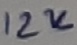
Text: 12K